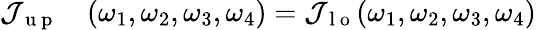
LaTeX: \begin{array}{rl}{\mathcal{J}_{\mathrm{~u~p~}}}&{{}(\omega_{1},\omega_{2},\omega_{3},\omega_{4})=\mathcal{J}_{\mathrm{~l~o~}}(\omega_{1},\omega_{2},\omega_{3},\omega_{4})}\end{array}